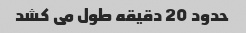
حدود 20 دقیقه طول می کشد